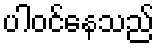
ပါဝင်နေသည်